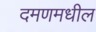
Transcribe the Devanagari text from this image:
दमणमधील